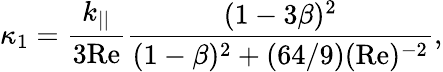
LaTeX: \kappa_{1}=\frac{k_{||}}{3\mathrm{Re}}\frac{(1-3\beta)^{2}}{(1-\beta)^{2}+(64/9)(\mathrm{Re})^{-2}},